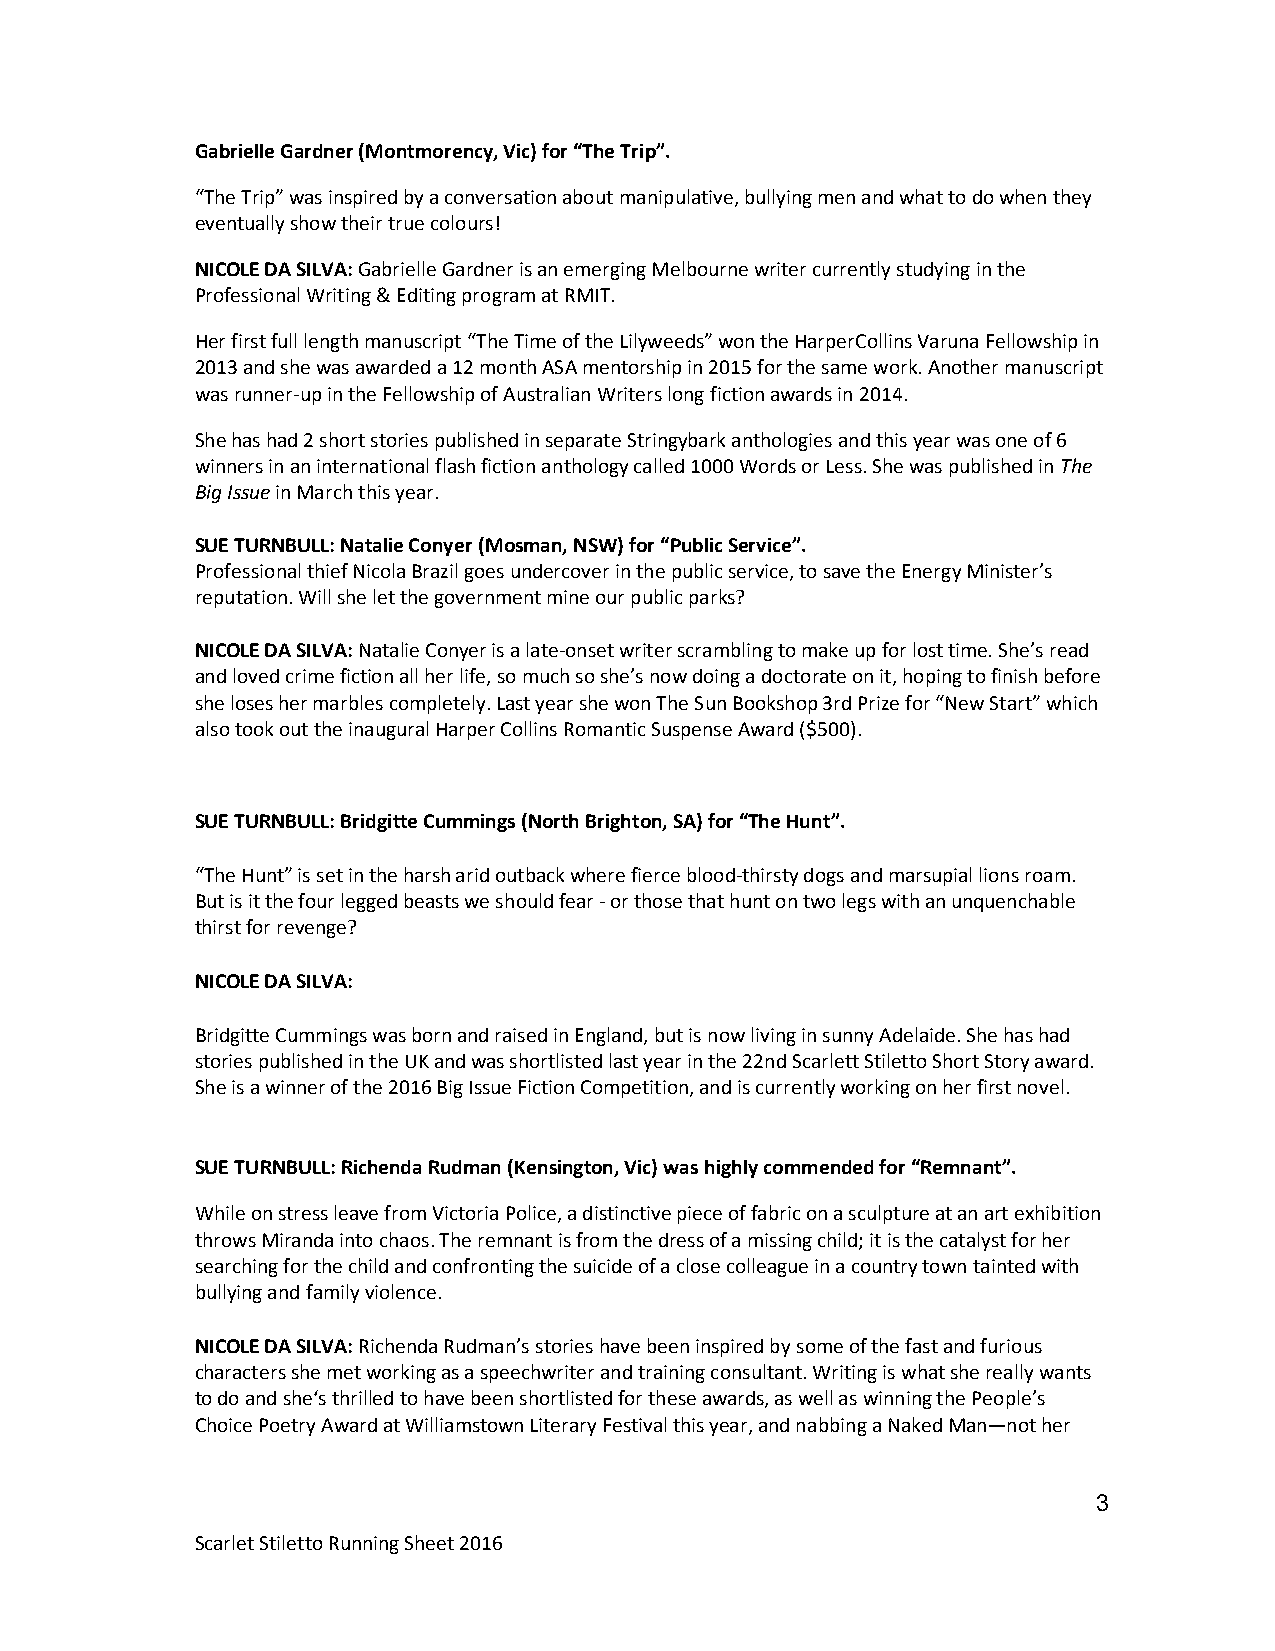
Gabrielle Gardner (Montmorency, Vic) for “The Trip”.
 “The Trip” was inspired by a conversation about manipulative, bullying men and what to do when they
 eventually show their true colours!
 NICOLE DA SILVA: Gabrielle Gardner is an emerging Melbourne writer currently studying in the
 Professional Writing & Editing program at RMIT.
 Her first full length manuscript “The Time of the Lilyweeds” won the HarperCollins Varuna Fellowship in
 2013 and she was awarded a 12 month ASA mentorship in 2015 for the same work. Another manuscript
 was runner-up in the Fellowship of Australian Writers long fiction awards in 2014.
 She has had 2 short stories published in separate Stringybark anthologies and this year was one of 6
 winners in an international flash fiction anthology called 1000 Words or Less. She was published in The
 Big Issue in March this year.
 SUE TURNBULL: Natalie Conyer (Mosman, NSW) for “Public Service”.
 Professional thief Nicola Brazil goes undercover in the public service, to save the Energy Minister’s
 reputation. Will she let the government mine our public parks?
 NICOLE DA SILVA: Natalie Conyer is a late-onset writer scrambling to make up for lost time. She’s read
 and loved crime fiction all her life, so much so she’s now doing a doctorate on it, hoping to finish before
 she loses her marbles completely. Last year she won The Sun Bookshop 3rd Prize for “New Start” which
 also took out the inaugural Harper Collins Romantic Suspense Award ($500).
 SUE TURNBULL: Bridgitte Cummings (North Brighton, SA) for “The Hunt”.
 “The Hunt” is set in the harsh arid outback where fierce blood-thirsty dogs and marsupial lions roam.
 But is it the four legged beasts we should fear - or those that hunt on two legs with an unquenchable
 thirst for revenge?
 NICOLE DA SILVA:
 Bridgitte Cummings was born and raised in England, but is now living in sunny Adelaide. She has had
 stories published in the UK and was shortlisted last year in the 22nd Scarlett Stiletto Short Story award.
 She is a winner of the 2016 Big Issue Fiction Competition, and is currently working on her first novel.
 SUE TURNBULL: Richenda Rudman (Kensington, Vic) was highly commended for “Remnant”.
 While on stress leave from Victoria Police, a distinctive piece of fabric on a sculpture at an art exhibition
 throws Miranda into chaos. The remnant is from the dress of a missing child; it is the catalyst for her
 searching for the child and confronting the suicide of a close colleague in a country town tainted with
 bullying and family violence.
 NICOLE DA SILVA: Richenda Rudman’s stories have been inspired by some of the fast and furious
 characters she met working as a speechwriter and training consultant. Writing is what she really wants
 to do and she‘s thrilled to have been shortlisted for these awards, as well as winning the People’s
 Choice Poetry Award at Williamstown Literary Festival this year, and nabbing a Naked Man—not her
 3
 Scarlet Stiletto Running Sheet 2016